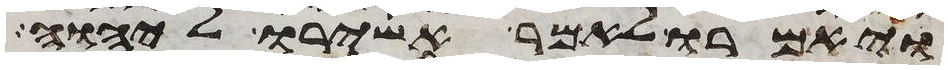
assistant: ויאמרו לאמר אשירו ליהוה